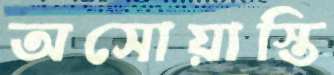
অসোয়াস্তি